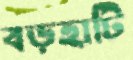
বড়হাটি